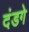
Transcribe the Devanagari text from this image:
दंडगे